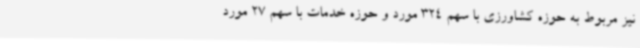
نیز مربوط به حوزه کشاورزی با سهم 324 مورد و حوزه خدمات با سهم 27 مورد